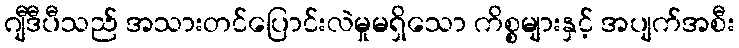
ဂျီဒီပီသည် အသားတင်ပြောင်းလဲမှုမရှိသော ကိစ္စများနှင့် အပျက်အစီး